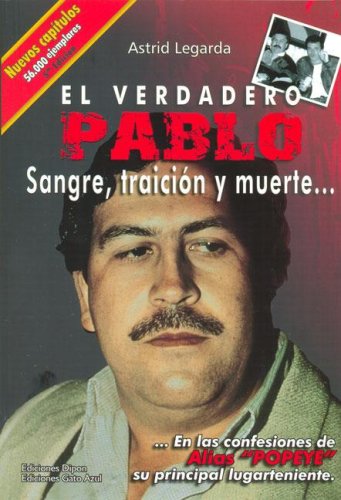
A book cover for El Verdadero Pablo: Sangre, Traicion y Muerte; Astrid Legarda MartÃ­nez; Biographies & Memoirs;